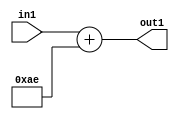
`timescale 1ps / 1ps
/*****************************************************************************
    Verilog RTL Description
    
    
    Created by: Stratus DpOpt 2019.1.01 
*******************************************************************************/

module DC_Filter_Add_12U_289_1 (
	in1,
	out1
	); /* architecture "behavioural" */ 
input [11:0] in1;
output [11:0] out1;
wire [11:0] asc001;

assign asc001 = 
	+(in1)
	+(12'B000010101110);

assign out1 = asc001;
endmodule

/* CADENCE  urnzTAk= : u9/ySgnWtBlWxVPRXgAZ4Og= ** DO NOT EDIT THIS LINE ******/